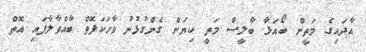
އާދައިގެ މަތީން ބޯއަޅާ ބާލީސް މަތީ ކިޔަން ގެންގުޅުނު ވާހަކަފޮތް ބާއްވާލާފައި އޮތް